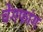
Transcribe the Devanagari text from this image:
चेंगफांग